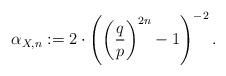
LaTeX: \begin{align*} \alpha_{X,n} := 2 \cdot \left( \left( \frac{q}{p} \right)^{2n}-1\right)^{-2}.\end{align*}